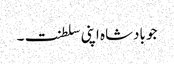
جو بادشاہ اپنی سلطنت۔